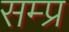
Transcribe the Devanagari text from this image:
सम्प्र